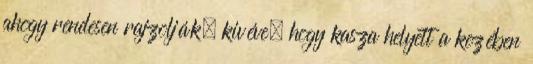
ahogy rendesen rajzolják, kivéve, hogy kasza helyett a kezében